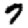
Digit: 7